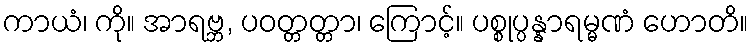
ကာယံ၊ ကို။ အာရဗ္ဘ, ပဝတ္တတ္တာ၊ ကြောင့်။ ပစ္စုပ္ပန္နာရမ္မဏံ ဟောတိ။